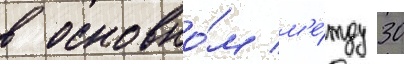
в основно́м м'е́жду 30